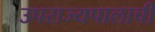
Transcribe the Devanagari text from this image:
उपराज्यपालाची